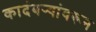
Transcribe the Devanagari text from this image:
कादंबर्‍यांवरून